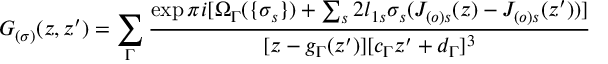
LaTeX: G _ { ( \sigma ) } ( z , z ^ { \prime } ) = \sum _ { \Gamma } \frac { \exp \pi i [ \Omega _ { \Gamma } ( \{ \sigma _ { s } \} ) + \sum _ { s } 2 l _ { 1 s } \sigma _ { s } ( J _ { ( o ) s } ( z ) - J _ { ( o ) s } ( z ^ { \prime } ) ) ] } { [ z - g _ { \Gamma } ( z ^ { \prime } ) ] [ c _ { \Gamma } z ^ { \prime } + d _ { \Gamma } ] ^ { 3 } }